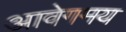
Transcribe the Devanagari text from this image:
आवेगमय